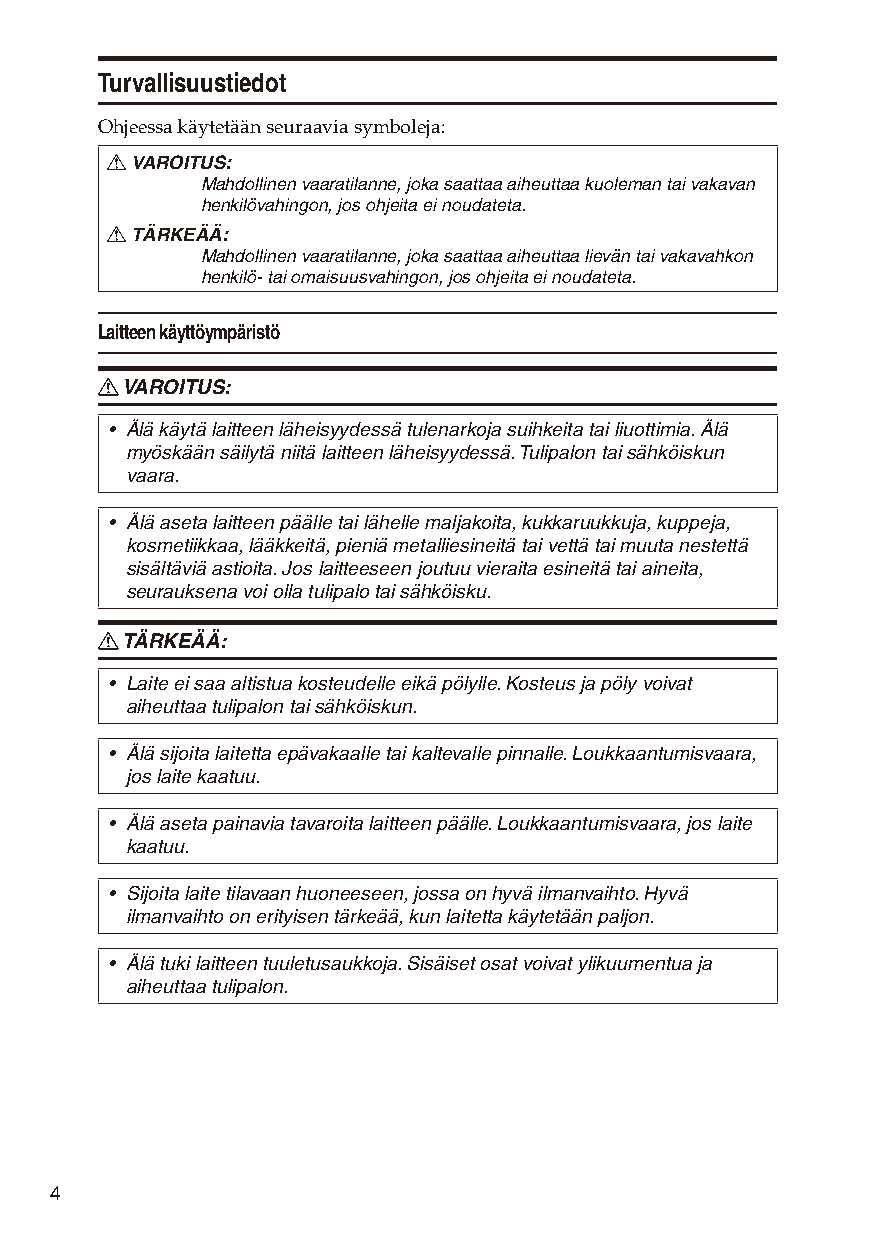
Turvallisuustiedot
 Ohjeessa käytetään seuraavia symboleja:
 R VAROITUS:
 Mahdollinen vaaratilanne, joka saattaa aiheuttaa kuoleman tai vakavan
 henkilövahingon, jos ohjeita ei noudateta.
 R TÄRKEÄÄ:
 Mahdollinen vaaratilanne, joka saattaa aiheuttaa lievän tai vakavahkon
 henkilö- tai omaisuusvahingon, jos ohjeita ei noudateta.
 Laitteen käyttöympäristö
 R VAROITUS:
 • Älä käytä laitteen läheisyydessä tulenarkoja suihkeita tai liuottimia. Älä
 myöskään säilytä niitä laitteen läheisyydessä. Tulipalon tai sähköiskun
 vaara.
 • Älä aseta laitteen päälle tai lähelle maljakoita, kukkaruukkuja, kuppeja,
 kosmetiikkaa, lääkkeitä, pieniä metalliesineitä tai vettä tai muuta nestettä
 sisältäviä astioita. Jos laitteeseen joutuu vieraita esineitä tai aineita,
 seurauksena voi olla tulipalo tai sähköisku.
 R TÄRKEÄÄ:
 • Laite ei saa altistua kosteudelle eikä pölylle. Kosteus ja pöly voivat
 aiheuttaa tulipalon tai sähköiskun.
 • Älä sijoita laitetta epävakaalle tai kaltevalle pinnalle. Loukkaantumisvaara,
 jos laite kaatuu.
 • Älä aseta painavia tavaroita laitteen päälle. Loukkaantumisvaara, jos laite
 kaatuu.
 • Sijoita laite tilavaan huoneeseen, jossa on hyvä ilmanvaihto. Hyvä
 ilmanvaihto on erityisen tärkeää, kun laitetta käytetään paljon.
 • Älä tuki laitteen tuuletusaukkoja. Sisäiset osat voivat ylikuumentua ja
 aiheuttaa tulipalon.
 4